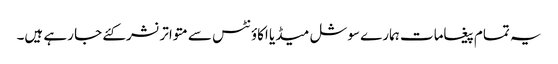
یہ تمام پیغامات ہمارے سوشل میڈیا اکاؤنٹس سے متواترنشرکئے جا رہے ہیں۔